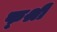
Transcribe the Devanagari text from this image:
फ्श्री